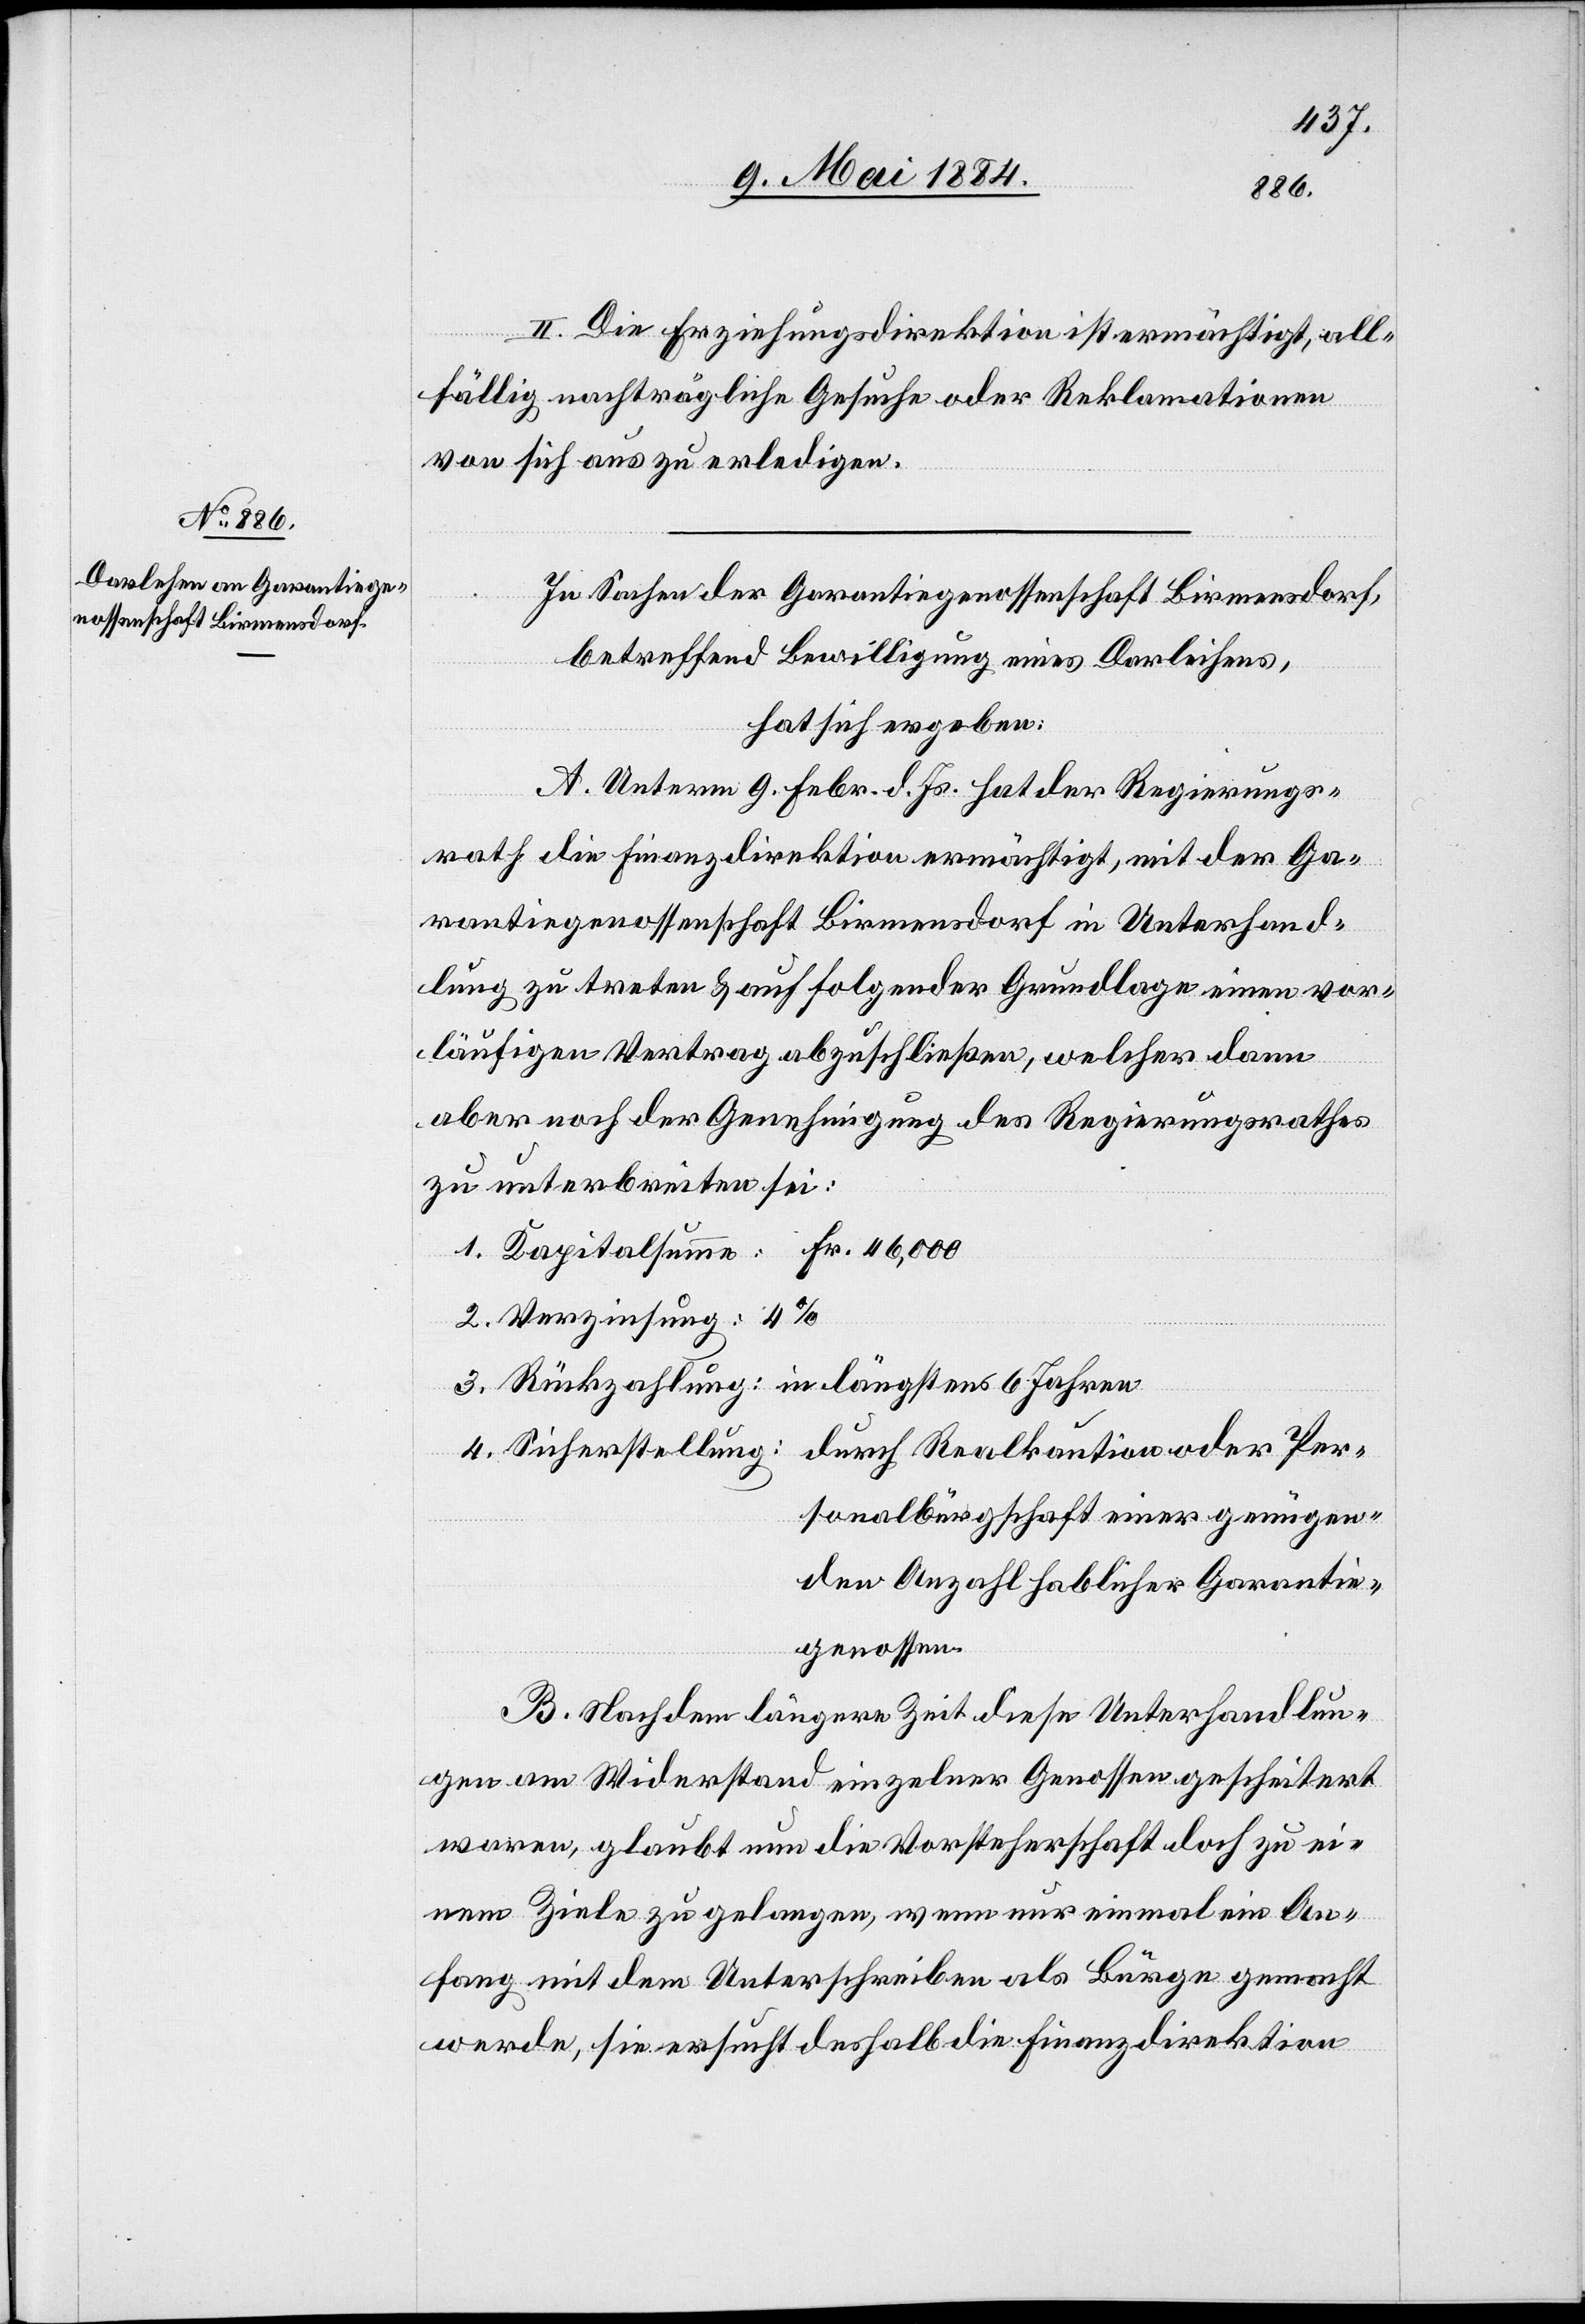
II. Die Erziehungsdirektion ist ermächtigt, all¬
fällig nachträgliche Gesuche oder Reklamationen
von sich aus zu erledigen.
In Sachen der Garantiegenossenschaft Birmensdorf,
betreffend Bewilligung eines Darleihens,
hat sich ergeben:
A. Unterm 9. Febr. d. Js. hat der Regierungs¬
rath die Finanzdirektion ermächtigt, mit der Ga¬
rantiegenossenschaft Birmensdorf in Unterhand¬
lung zu treten & auf folgender Grundlage einen vor¬
läufigen Vertrag abzuschließen, welcher dann
aber noch der Genehmigung des Regierungsrathes
zu unterbreiten sei:
1. Kapitalsumme: Fr. 46,000
2. Verzinsung: 4%
3. Rückzahlung: in längstens 6 Jahren
4. Sicherstellung:
durch Realkaution oder Per¬
sonalbürgerschaft einer genügen¬
den Anzahl hablicher Garantie¬
genossen.
B. Nach dem längere Zeit diese Unterhandlun¬
gen am Widerstand einzelner Genossen gescheitert
waren, glaubt nun die Vorsteherschaft doch zu ei¬
nem Ziele zu gelangen, wenn nur einmal ein An¬
fang mit dem Unterschreiben als Bürge gemacht
werde, sie ersucht deshalb die Finanzdirektion